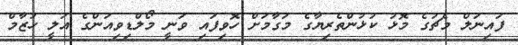
ފައިނަލް މެޗުގެ މޮޅު ކުޅުންތެރިޔާގެ މަގާމަށް ހޮވިފައި ވަނީ މޯލްޑިވިއަންގެ އަލީ ހުޒާމް